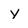
Character: y